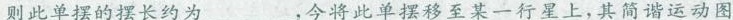
则此单摆的摆长约为___，今将此单摆移至某一行星上，其简谐运动图